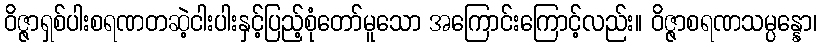
ဝိဇ္ဇာရှစ်ပါးစရဏတဆဲ့ငါးပါးနှင့်ပြည့်စုံတော်မူသော အကြောင်းကြောင့်လည်း။ ဝိဇ္ဇာစရဏသမ္ပန္နော၊